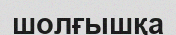
шолғышқа